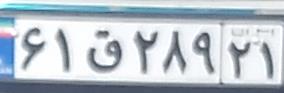
۶۱ق۲۸۹۲۱